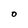
Character: O